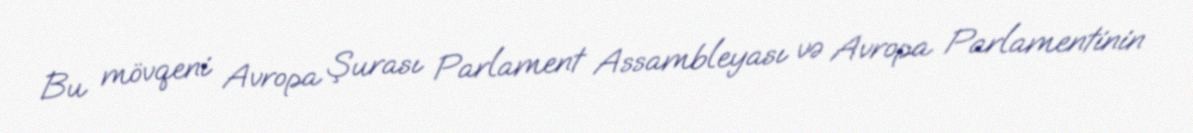
Bu mövqeni Avropa Şurası Parlament Assambleyası və Avropa Parlamentinin